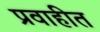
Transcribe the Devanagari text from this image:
प्रवाहीत